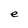
Character: e